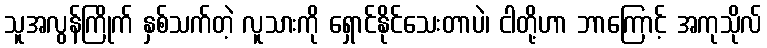
သူအလွန်ကြိုက် နှစ်သက်တဲ့ လူသားကို ရှောင်နိုင်သေးတာပဲ၊ ငါတို့ဟာ ဘာကြောင့် အကုသိုလ်